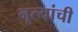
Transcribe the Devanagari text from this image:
नृत्यांची